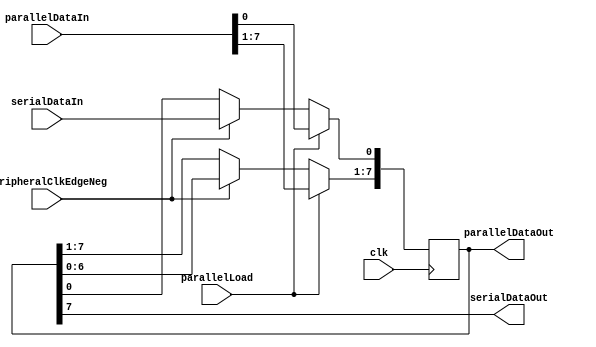
module shiftregister(clk, peripheralClkEdgeNeg, parallelLoad, parallelDataIn, serialDataIn, parallelDataOut, serialDataOut);
parameter width = 8;
input               clk; // fpga clock
input               peripheralClkEdgeNeg; // falling edge clock signal from the other guy
input               parallelLoad; // which mode are we in? S in P out or P in S out. Set by button zero on the FPGA.
output[width-1:0]   parallelDataOut; // return the entire shift register.
output              serialDataOut; // the next bit of output data (serial). Set on the falling edge of the communication clock.
input[width-1:0]    parallelDataIn; // grab a fixed value, load into shift register. (0xA5)
input               serialDataIn; // the next bit of input data (serial). read on the rising edge of the communication clock

reg[width-1:0]      shiftregistermem;

assign serialDataOut = shiftregistermem[width-1];
assign parallelDataOut = shiftregistermem;

always @(posedge clk) begin
	if (parallelLoad) begin
		shiftregistermem <= parallelDataIn;
	end
	else if (peripheralClkEdgeNeg) begin // this one loses if both happen at the same time.
		shiftregistermem <= shiftregistermem << 1;
		shiftregistermem[0] <= serialDataIn;
	end
end
endmodule